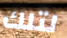
لتلك